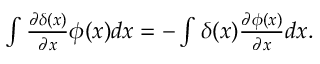
\begin{array} { r } { \int \frac { \partial \delta ( x ) } { \partial x } \phi ( x ) d x = - \int \delta ( x ) \frac { \partial \phi ( x ) } { \partial x } d x . } \end{array}